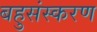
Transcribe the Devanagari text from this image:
बहुसंस्करण